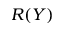
R ( Y )